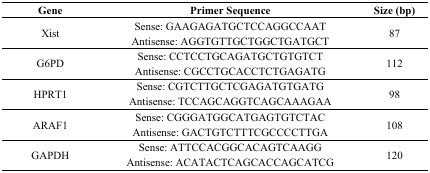
<table><thead><tr><td><b>Gene</b></td><td><b>Primer Sequence</b></td><td><b>Size (bp)</b></td></tr></thead><tbody><tr><td rowspan="2">Xist</td><td>Sense: GAAGAGATGCTCCAGGCCAAT</td><td rowspan="2">87</td></tr><tr><td>Antisense: AGGTGTTGCTGGCTGATGCT</td></tr><tr><td rowspan="2">G6PD</td><td>Sense: CCTCCTGCAGATGCTGTGTCT</td><td rowspan="2">112</td></tr><tr><td>Antisense: CGCCTGCACCTCTGAGATG</td></tr><tr><td rowspan="2">HPRT1</td><td>Sense: CGTCTTGCTCGAGATGTGATG</td><td rowspan="2">98</td></tr><tr><td>Antisense: TCCAGCAGGTCAGCAAAGAA</td></tr><tr><td rowspan="2">ARAF1</td><td>Sense: CGGGATGGCATGAGTGTCTAC</td><td rowspan="2">108</td></tr><tr><td>Antisense: GACTGTCTTTCGCCCCTTGA</td></tr><tr><td rowspan="2">GAPDH</td><td>Sense: ATTCCACGGCACAGTCAAGG</td><td rowspan="2">120</td></tr><tr><td>Antisense: ACATACTCAGCACCAGCATCG</td></tr></tbody></table>